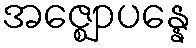
အဇ္ဈောပန္နေ